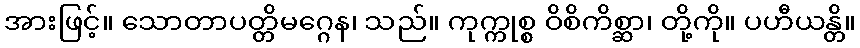
အားဖြင့်။ သောတာပတ္တိမဂ္ဂေန၊ သည်။ ကုက္ကုစ္စ ဝိစိကိစ္ဆာ၊ တို့ကို။ ပဟီယန္တိ။